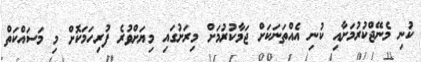
ކުނި މެނޭޖްކުރުމަށާއި ކުނި އެއްތަނަކަށް ޖަމާކުރުމަށް މިރަށުގައި މިޔަށްވުރެ ފުރިހަމަކޮށް މި މަސައްކަތް